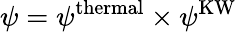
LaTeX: \psi=\psi^{\mathrm{thermal}}\times\psi^{\mathrm{KW}}